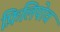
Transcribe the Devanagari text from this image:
फ़िलिपोव